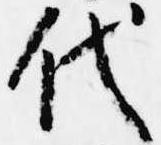
代